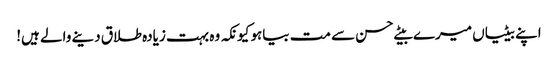
اپنے بیٹیاں میرے بیٹے حسن سے مت بیاہو کیونکہ وہ بہت زیادہ طلاق دینے والے ہیں!